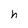
Character: h